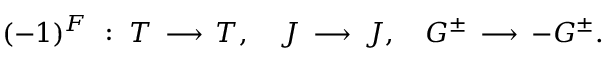
( - 1 ) ^ { F } ~ : ~ T \, \longrightarrow \, T , ~ ~ ~ J \, \longrightarrow \, J , ~ ~ ~ G ^ { \pm } \, \longrightarrow \, - G ^ { \pm } .